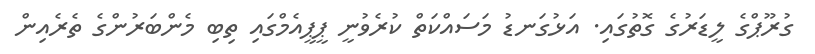
ގުރޫޕްގެ ލީޑަރުގެ ގޮތުގައި. އަޅުގަނޑު މަސައްކަތް ކުރެވުނީ ޕީޕީއެމްގައި ތިބި މެންބަރުންގެ ތެރެއިން